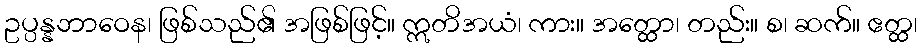
ဥပ္ပန္နဘာဝေန၊ ဖြစ်သည်၏ အဖြစ်ဖြင့်။ ဣတိအယံ၊ ကား။ အတ္ထော၊ တည်း။ စ၊ ဆက်။ ဧတ္ထ၊